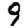
Digit: 9